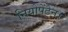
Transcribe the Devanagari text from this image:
नियोपेंटेन।